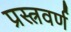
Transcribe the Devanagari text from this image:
प्रस्त्रवर्ण